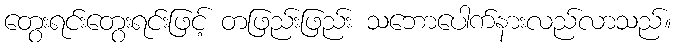
တွေးရင်းတွေးရင်းဖြင့် တဖြည်းဖြည်း သဘောပေါက်နားလည်လာသည်။